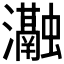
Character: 𭳰